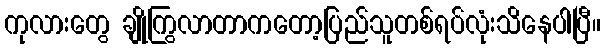
ကုလားတွေ ချိုကြွလာတာကတော့ပြည်သူတစ်ရပ်လုံးသိနေပါပြီ။